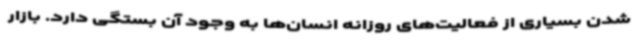
شدن بسیاری از فعالیت‌های روزانه انسان‌ها به وجود آن بستگی دارد. بازار